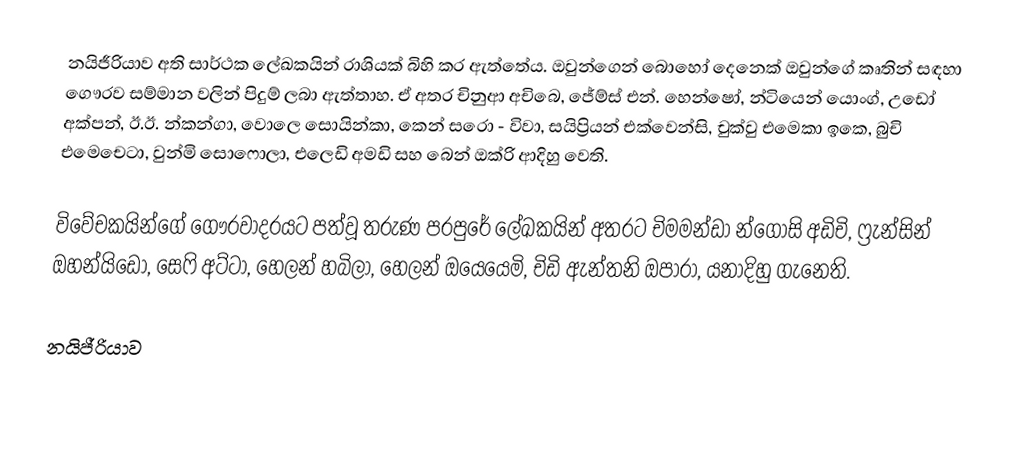
නයිජීරියාව අති සාර්ථක ලේඛකයින් රාශියක් බිහි කර ඇත්තේය. ඔවුන්ගෙන් බොහෝ දෙනෙක් ඔවුන්ගේ කෘතින් සඳහා ගෞරව සම්මාන වලින් පිදුම් ලබා ඇත්තාහ. ඒ අතර චිනුආ අචිබෙ, ජේම්ස් එන්. හෙන්ෂෝ, න්ටියෙන් යොංග්, උඩෝ අක්පන්, ඊ.ඊ. න්කන්ගා, වොලෙ සොයින්කා, කෙන් සරො - විවා, සයිප්‍රියන් එක්වෙන්සි, චුක්වු එමෙකා ඉකෙ, බුචි එමෙචෙටා, වුන්මි සොෆොලා, එලෙඩි අමඩි සහ බෙන් ඔක්රි ආදිහු වෙති.

විවේචකයින්ගේ ගෞරවාදරයට පත්වූ තරුණ පරපුරේ ලේඛකයින් අතරට චිමමන්ඩා න්ගොසි අඩිචි, ෆ්‍රැන්සින් ඔහන්යිඩෝ, සෙෆි අට්ටා, හෙලන් හබිලා, හෙලන් ඔයෙයෙමි, චිඩි ඇන්තනි ඔපාරා, යනාදිහු ගැනෙති.

නයිජීරියාව